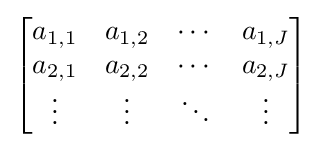
{\begin{bmatrix}a_{1,1}&a_{1,2}&\cdots &a_{1,J}\\a_{2,1}&a_{2,2}&\cdots &a_{2,J}\\\vdots &\vdots &\ddots &\vdots \end{bmatrix}}